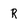
Character: R